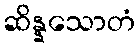
ဆိန္နသောတံ